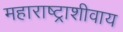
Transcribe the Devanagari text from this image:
महाराष्ट्राशीवाय